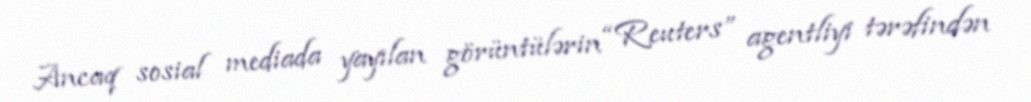
Ancaq sosial mediada yayılan görüntülərin “Reuters” agentliyi tərəfindən